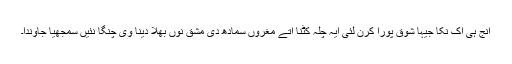
انج ہی اک نکا جیہا شوق پورا کرن لئی ایہ چلہ کٹنا اتے مغروں سمادھ دی مشق نوں بھلا دینا وی چنگا نئیں سمجھیا جاوندا۔